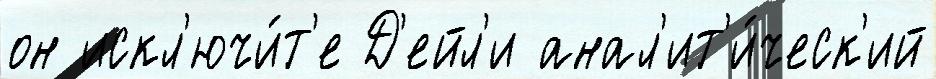
он искл'ючи́т'е Д'ейл'и анал'ит'и́ческ'ий